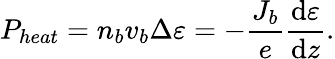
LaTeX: P_{heat}=n_{b}v_{b}\Delta\varepsilon=-\frac{J_{b}}{e}\frac{\mathrm{d}\varepsilon}{\mathrm{d}z}.